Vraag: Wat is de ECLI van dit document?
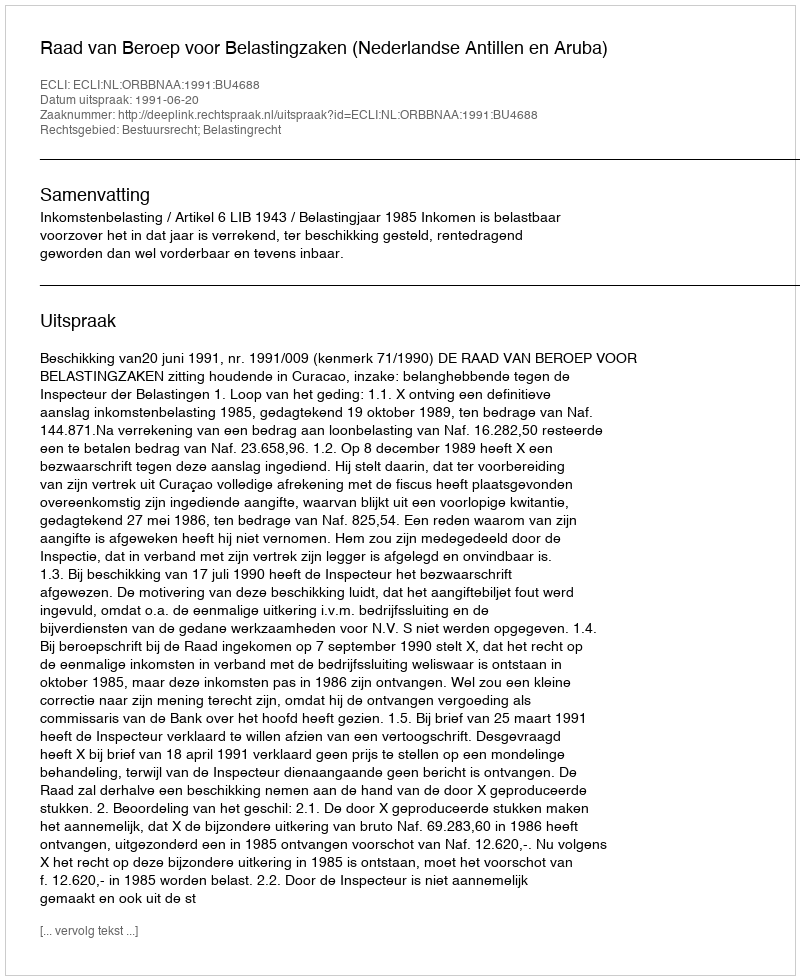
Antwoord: ECLI:NL:ORBBNAA:1991:BU4688